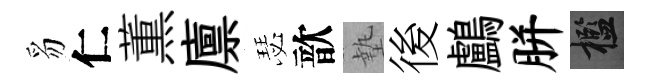
豸仁薫廪瑟歆墊後鸕胼檻